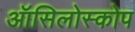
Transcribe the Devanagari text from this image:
ऑसिलोस्कोप